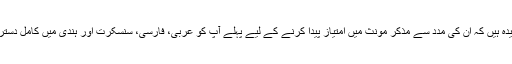
پھر یہ قواعد اتنے پیچیدہ ہیں کہ ان کی مدد سے مذکر مؤنث میں امتیاز پیدا کرنے کے لیے پہلے آپ کو عربی، فارسی، سنسکرت اور ہندی میں کامل دسترس حاصل کرنا ہوگی۔